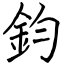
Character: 鈞